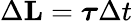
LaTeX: \Delta\mathbf{L}={\boldsymbol{\tau}}\Delta t